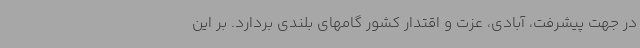
در جهت پیشرفت، آبادی، عزت و اقتدار کشور گامهای بلندی بردارد. بر این